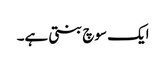
ایک سوچ بنتی ہے۔